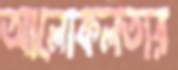
আলোকলতার